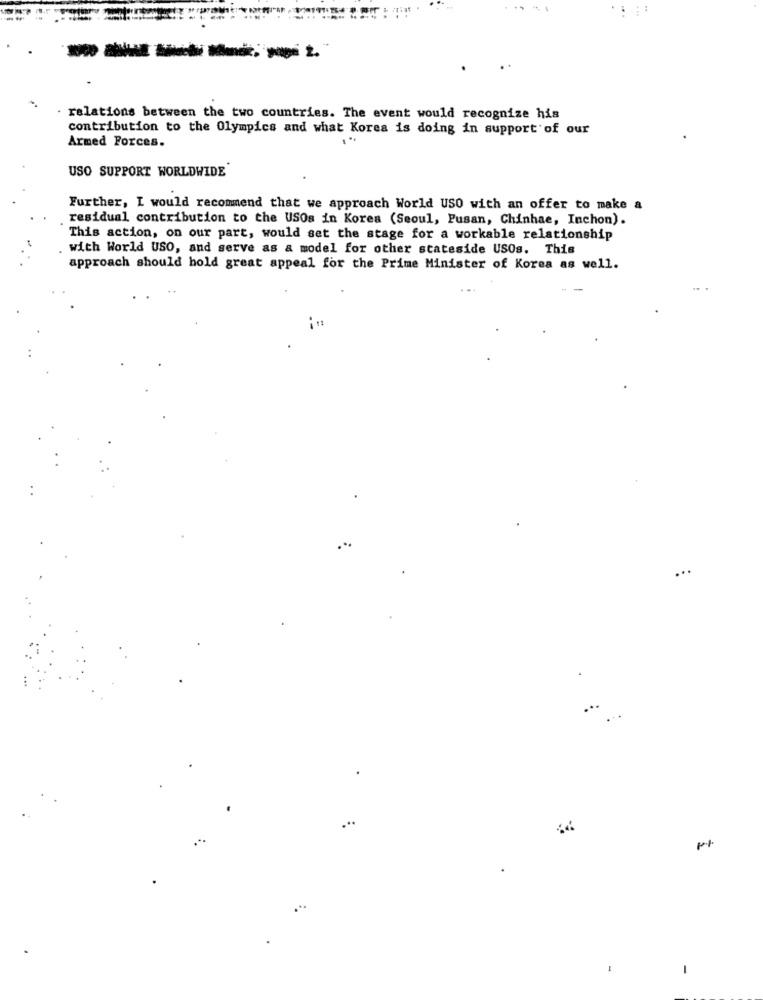
. relations between the two countries. The event would recognize his
contribution to the Olympics and what Korea is doing in support of our
Armed Forces.
USO SUPPORT WORLDWIDE
Further, I would recommend that we approach World USO with an offer to make a
residual contribution to the USOs in Korea (Seoul, Pusan, Chinhae, Inchon).
This action, on our part, would set the stage for a workable relationship
with World USO, and serve as a model for other stateside USOs. This
approach should hold great appeal for the Prime Minister of Korea as well.
.**
...
-